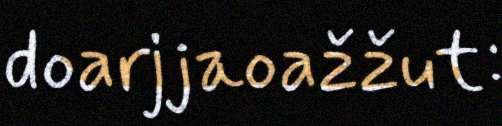
doarjjaoažžut: